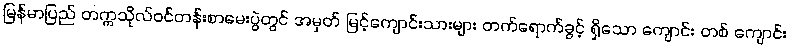
မြန်မာပြည် တက္ကသိုလ်ဝင်တန်းစာမေးပွဲတွင် အမှတ် မြင့်ကျောင်းသားများ တက်ရောက်ခွင့် ရှိသော ကျောင်း တစ် ကျောင်း